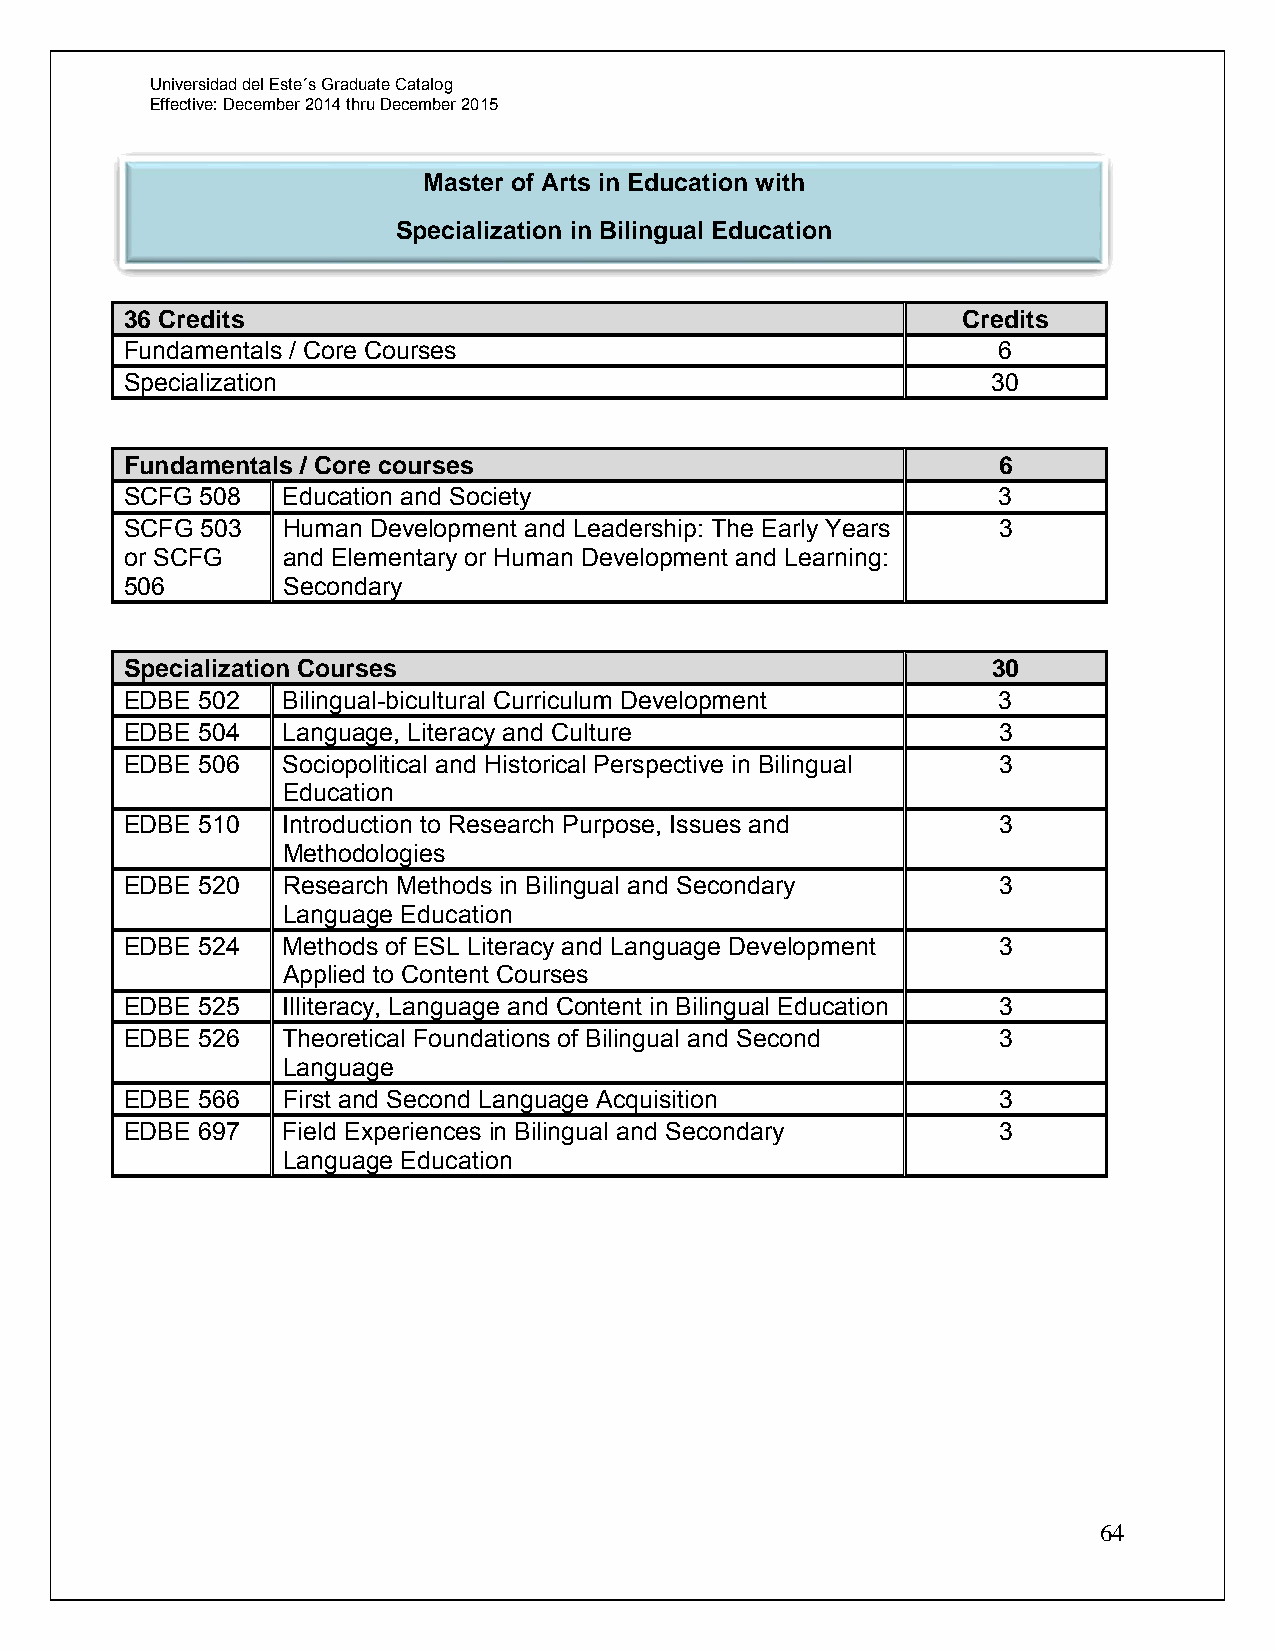
Universidad del Este´s Graduate Catalog
 Effective: December 2014 thru December 2015
 Master of Arts in Education with
 Specialization in Bilingual Education
 36 Credits                                              Credits
 Fundamentals / Core Courses                               6
 Specialization                                            30
 Fundamentals / Core courses                               6
 SCFG 508   Education and Society                          3
 SCFG 503   Human Development and Leadership: The Early Years 3
 or SCFG    and Elementary or Human Development and Learning:
 506        Secondary
 Specialization Courses                                    30
 EDBE 502   Bilingual-bicultural Curriculum Development    3
 EDBE 504   Language, Literacy and Culture                 3
 EDBE 506   Sociopolitical and Historical Perspective in Bilingual 3
 Education
 EDBE 510   Introduction to Research Purpose, Issues and   3
 Methodologies
 EDBE 520   Research Methods in Bilingual and Secondary    3
 Language Education
 EDBE 524   Methods of ESL Literacy and Language Development 3
 Applied to Content Courses
 EDBE 525   Illiteracy, Language and Content in Bilingual Education 3
 EDBE 526   Theoretical Foundations of Bilingual and Second 3
 Language
 EDBE 566   First and Second Language Acquisition          3
 EDBE 697   Field Experiences in Bilingual and Secondary   3
 Language Education
 64